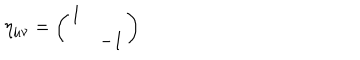
\eta _ { \mu \nu } = \left( \begin{array} { c c } { { 1 } } & { { } } \\ { { } } & { { - 1 } } \\ \end{array} \right)